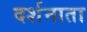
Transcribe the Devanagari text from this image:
दर्शनाता